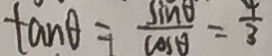
\tan \theta = \frac { \sin \theta } { \cos \theta } = \frac { 4 } { 3 }